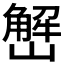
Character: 𱜒